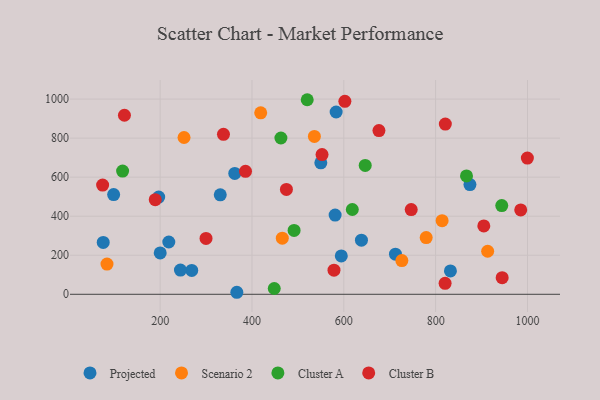
{"axis": {"x": "Investment", "y": "Yield"}, "legend": ["Cluster A", "Cluster B", "Projected", "Scenario 2"], "data": [{"x": "268.8", "y": 122.4, "type": "Projected"}, {"x": "200.1", "y": 211.7, "type": "Projected"}, {"x": "712.5", "y": 205.6, "type": "Projected"}, {"x": "244.2", "y": 124.0, "type": "Projected"}, {"x": "196.8", "y": 498.1, "type": "Projected"}, {"x": "367.0", "y": 10.3, "type": "Projected"}, {"x": "581.1", "y": 406.0, "type": "Projected"}, {"x": "594.5", "y": 196.5, "type": "Projected"}, {"x": "583.3", "y": 933.9, "type": "Projected"}, {"x": "76.0", "y": 265.8, "type": "Projected"}, {"x": "549.9", "y": 673.6, "type": "Projected"}, {"x": "362.5", "y": 619.1, "type": "Projected"}, {"x": "218.8", "y": 268.0, "type": "Projected"}, {"x": "98.7", "y": 511.1, "type": "Projected"}, {"x": "638.4", "y": 277.0, "type": "Projected"}, {"x": "330.9", "y": 509.4, "type": "Projected"}, {"x": "832.2", "y": 119.7, "type": "Projected"}, {"x": "874.7", "y": 562.2, "type": "Projected"}, {"x": "779.4", "y": 290.7, "type": "Scenario 2"}, {"x": "535.9", "y": 808.6, "type": "Scenario 2"}, {"x": "913.3", "y": 220.6, "type": "Scenario 2"}, {"x": "814.1", "y": 377.1, "type": "Scenario 2"}, {"x": "419.0", "y": 929.6, "type": "Scenario 2"}, {"x": "726.4", "y": 172.5, "type": "Scenario 2"}, {"x": "252.0", "y": 803.2, "type": "Scenario 2"}, {"x": "84.2", "y": 154.7, "type": "Scenario 2"}, {"x": "466.0", "y": 287.5, "type": "Scenario 2"}, {"x": "118.2", "y": 631.0, "type": "Cluster A"}, {"x": "618.5", "y": 434.3, "type": "Cluster A"}, {"x": "491.7", "y": 327.0, "type": "Cluster A"}, {"x": "867.2", "y": 606.2, "type": "Cluster A"}, {"x": "448.5", "y": 29.6, "type": "Cluster A"}, {"x": "520.3", "y": 996.8, "type": "Cluster A"}, {"x": "646.6", "y": 660.2, "type": "Cluster A"}, {"x": "944.0", "y": 454.3, "type": "Cluster A"}, {"x": "463.0", "y": 800.7, "type": "Cluster A"}, {"x": "299.9", "y": 286.2, "type": "Cluster B"}, {"x": "985.3", "y": 432.1, "type": "Cluster B"}, {"x": "821.1", "y": 871.9, "type": "Cluster B"}, {"x": "944.9", "y": 84.9, "type": "Cluster B"}, {"x": "74.7", "y": 559.4, "type": "Cluster B"}, {"x": "676.5", "y": 838.7, "type": "Cluster B"}, {"x": "189.3", "y": 484.6, "type": "Cluster B"}, {"x": "337.9", "y": 819.5, "type": "Cluster B"}, {"x": "602.3", "y": 988.5, "type": "Cluster B"}, {"x": "999.8", "y": 698.1, "type": "Cluster B"}, {"x": "475.0", "y": 537.0, "type": "Cluster B"}, {"x": "904.9", "y": 350.4, "type": "Cluster B"}, {"x": "385.9", "y": 629.9, "type": "Cluster B"}, {"x": "746.8", "y": 434.1, "type": "Cluster B"}, {"x": "552.6", "y": 715.9, "type": "Cluster B"}, {"x": "122.2", "y": 917.2, "type": "Cluster B"}, {"x": "578.6", "y": 123.4, "type": "Cluster B"}, {"x": "820.6", "y": 55.9, "type": "Cluster B"}]}